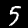
Label: 5